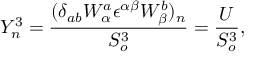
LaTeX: Y _ { n } ^ { 3 } = \frac { ( \delta _ { a b } W _ { \alpha } ^ { a } { \epsilon } ^ { \alpha \beta } W _ { \beta } ^ { b } ) _ { n } } { S _ { o } ^ { 3 } } = \frac { U } { S _ { o } ^ { 3 } } ,